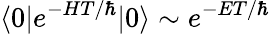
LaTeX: \langle 0|e^{-HT/\hbar}|0\rangle\sim e^{-ET/\hbar}